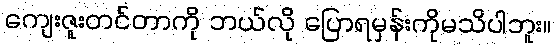
ကျေးဇူးတင်တာကို ဘယ်လို ပြောရမှန်းကိုမသိပါဘူး။